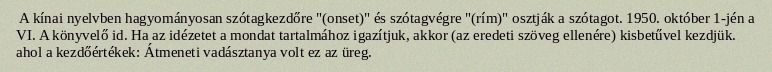
A kínai nyelvben hagyományosan szótagkezdőre "(onset)" és szótagvégre "(rím)" osztják a szótagot. 1950. október 1-jén a VI. A könyvelő id. Ha az idézetet a mondat tartalmához igazítjuk, akkor (az eredeti szöveg ellenére) kisbetűvel kezdjük. ahol a kezdőértékek: Átmeneti vadásztanya volt ez az üreg.